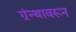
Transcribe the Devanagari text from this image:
ग्रंन्थावरून